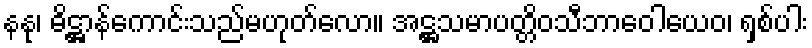
နနု၊ ဓိဋ္ဌာန်ကောင်းသည်မဟုတ်လော။ အဋ္ဌသမာပတ္တိဝသီဘာဝေါယေဝ၊ ရှစ်ပါး